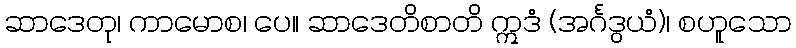
ဆာဒေတု၊ ကာမောစ၊ ပေ။ ဆာဒေတိစာတိ ဣဒံ (အင်္ဂဒွယံ)၊ စဟူသော